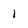
Character: 1